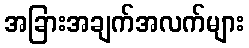
အခြားအချက်အလက်များ